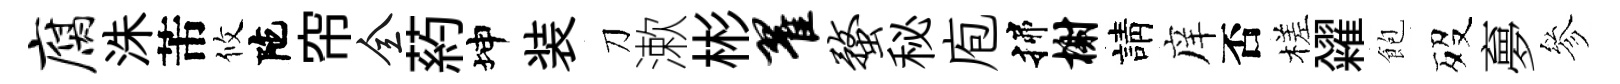
腐洙芾攸陀帘全葯坤装刀漱彬翟蝥秘庖揲榭請庠否槎糴飽歿夣參